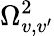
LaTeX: \Omega_{v,v^{\prime}}^{2}